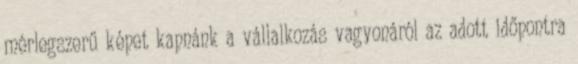
mérlegszerű képet kapnánk a vállalkozás vagyonáról az adott időpontra